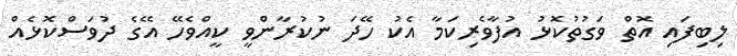
ލިބިފައި އޮތް ވަގުތުކޮޅު އުފާވެރިކަމާ އެކު ހޭދަ ނުކުރާންވީ ކީއްވެހޭ އޭގެ ދުވަސްކޮޅެއް